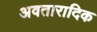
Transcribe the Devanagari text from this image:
अवतारादिक